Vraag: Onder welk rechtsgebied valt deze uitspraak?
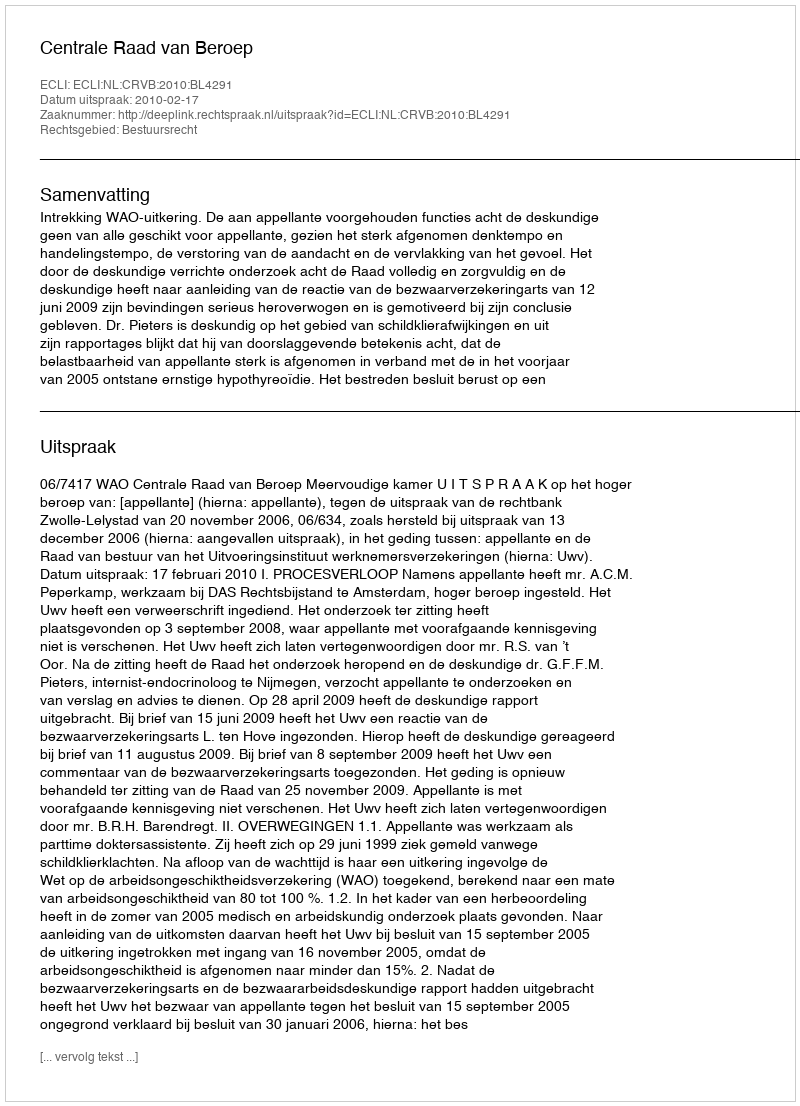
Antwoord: Bestuursrecht